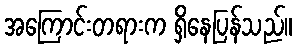
အကြောင်းတရားက ရှိနေပြန်သည်။